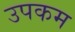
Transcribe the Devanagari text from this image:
उपकम